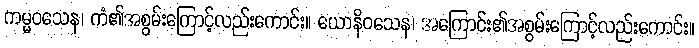
ကမ္မဝသေန၊ ကံ၏အစွမ်းကြောင့်လည်းကောင်း။ ယောနိဝသေန၊ အကြောင်း၏အစွမ်းကြောင့်လည်းကောင်း။